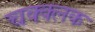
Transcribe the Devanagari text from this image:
चक्क्लक